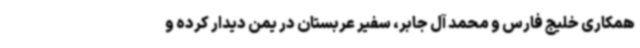
همکاری خلیج فارس و محمد آل جابر، سفیر عربستان در یمن دیدار کرده و